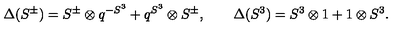
\Delta ( S ^ { \pm } ) = S ^ { \pm } \otimes q ^ { - S ^ { 3 } } + q ^ { S ^ { 3 } } \otimes S ^ { \pm } , \qquad \Delta ( S ^ { 3 } ) = S ^ { 3 } \otimes 1 + 1 \otimes S ^ { 3 } .